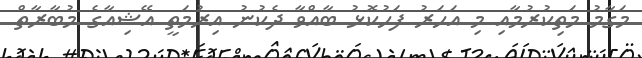
މަގާމު މަތިކުރުމާއި މި އަހަރު ފަހުކޮޅު ބާއްވާ ދެކުނު އިރުމަތީ އޭޝިއާގެ މުބާރާތް